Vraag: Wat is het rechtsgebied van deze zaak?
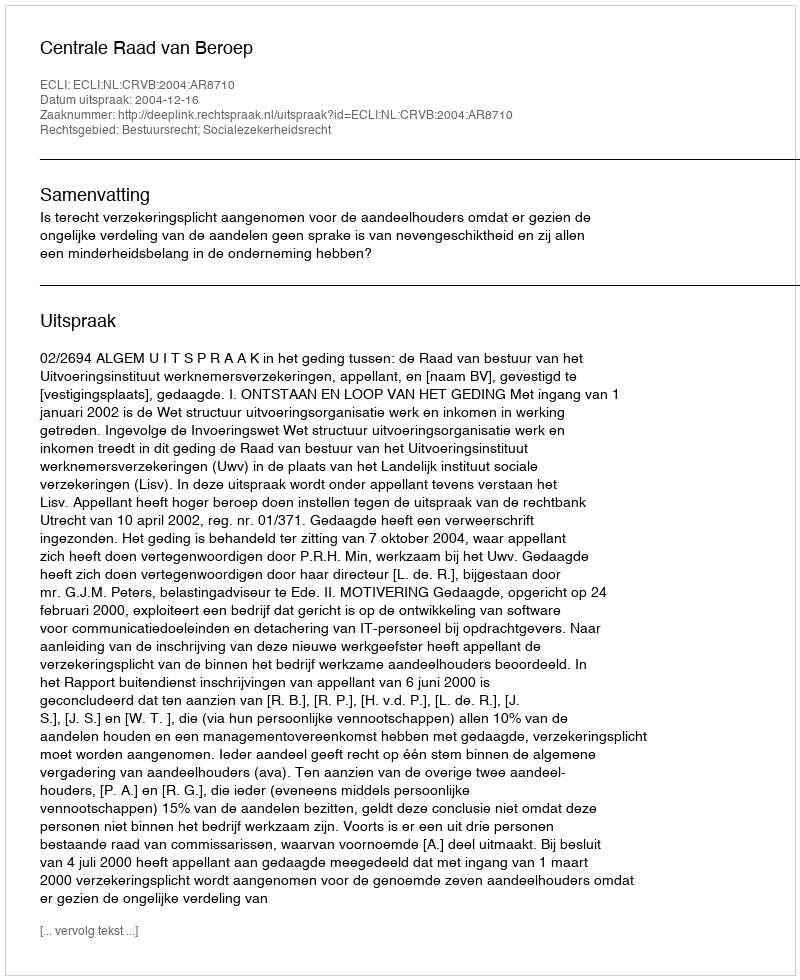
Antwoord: Bestuursrecht; Socialezekerheidsrecht